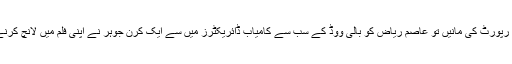
ٹائمس آف انڈیا کی ایک رپورٹ کی مانیں تو عاصم ریاض کو بالی ووڈ کے سب سے کامیاب ڈائریکٹرز میں سے ایک کرن جوہر نے اپنی فلم میں لانچ کرنے کی تیاری کر لی ہے۔